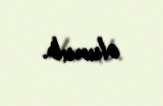
olunub.